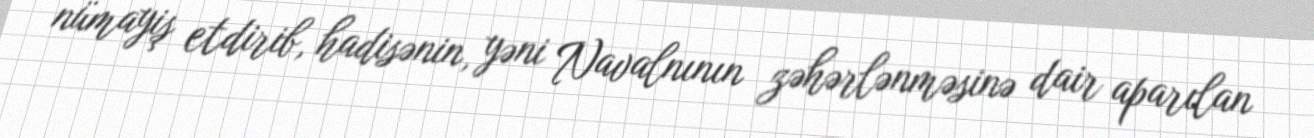
nümayiş etdirib, hadisənin, yəni Navalnının zəhərlənməsinə dair aparılan